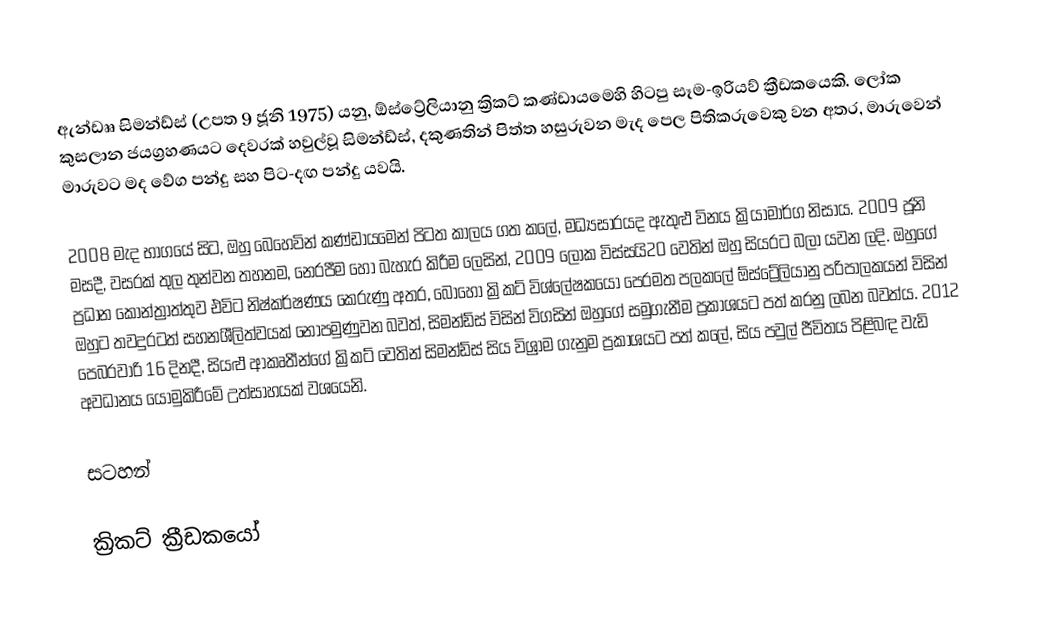
ඇන්ඩෲ සිමන්ඩ්ස් (උපත 9 ජූනි 1975) යනු,  ඕස්ට්‍රේලියානු ක්‍රිකට් කණ්ඩායමෙහි හිටපු  සෑම-ඉරියව් ක්‍රීඩකයෙකි. ලෝක කුසලාන ජයග්‍රහණයට දෙවරක් හවුල්වූ සිමන්ඩ්ස්, දකුණතින් පිත්ත හසුරුවන මැද පෙල පිතිකරුවෙකු වන අතර,  මාරුවෙන් මාරුවට මද වේග පන්දු සහ පිට-දඟ පන්දු යවයි.

2008 මැද භාගයේ සිට, ඔහු බෙහෙවින් කණ්ඩායමෙන් පිටත කාලය ගත කලේ, මධ්‍යසාරයද ඇතුළු විනය ක්‍රියාමාර්ග නිසාය.  2009 ජූනි මසදී, වසරක් තුල තුන්වන තහනම, නෙරපීම හෝ බැහැර කිරීම ලෙසින්,  2009 ලෝක විස්සයි20 වෙතින් ඔහු සියරට බලා යවන ලදි. ඔහුගේ ප්‍රධාන කොන්ත්‍රාත්තුව එවිට නිෂ්කර්ෂණය කෙරුණු අතර, බොහෝ ක්‍රිකට් විශ්ලේෂකයෝ පෙරමත පලකලේ ඕස්ට්‍රේලියානු පරිපාලකයන් විසින් ඔහුට තවදුරටත් සහනශීලිත්වයක් නොපමුණුවන බවත්, සිමන්ඩ්ස් විසින් විගසින් ඔහුගේ සමුගැනීම ප්‍රකාශයට පත් කරනු ලබන බවත්ය.  2012 පෙබරවාරි 16 දිනදී, සියළු ආකෘතීන්ගේ ක්‍රිකට් වෙතින් සිමන්ඩ්ස් සිය විශ්‍රාම ගැනුම ප්‍රකාශයට පත් කලේ, සිය පවුල් ජීවිතය පිළිබඳ වැඩි අවධානය යොමුකිරීමේ උත්සාහයක් වශයෙනි.

සටහන්

ක්‍රිකට් ක්‍රීඩකයෝ